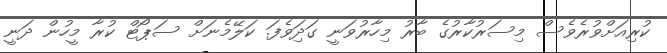
ކުރިއަށްވުރެވެސް މިސަރުކާރުގެ ބާރު މިހާރުވަނީ ގަދަިވެފަ. ކަލޭމެނަށް ސަޕޯޓް ކުރާ މީހުން ދަނީ